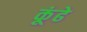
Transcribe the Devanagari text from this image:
कूंढे